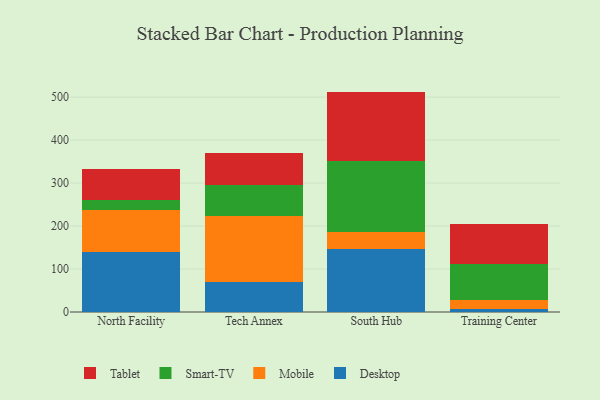
{"axis": {"x": "Campus", "y": "Churn Rate (%)"}, "legend": ["Desktop", "Mobile", "Smart-TV", "Tablet"], "data": [{"x": "North Facility", "y": 140.1, "type": "Desktop"}, {"x": "North Facility", "y": 98.2, "type": "Mobile"}, {"x": "North Facility", "y": 21.6, "type": "Smart-TV"}, {"x": "North Facility", "y": 71.9, "type": "Tablet"}, {"x": "Tech Annex", "y": 70.6, "type": "Desktop"}, {"x": "Tech Annex", "y": 153.8, "type": "Mobile"}, {"x": "Tech Annex", "y": 71.0, "type": "Smart-TV"}, {"x": "Tech Annex", "y": 75.3, "type": "Tablet"}, {"x": "South Hub", "y": 145.5, "type": "Desktop"}, {"x": "South Hub", "y": 40.5, "type": "Mobile"}, {"x": "South Hub", "y": 166.3, "type": "Smart-TV"}, {"x": "South Hub", "y": 160.6, "type": "Tablet"}, {"x": "Training Center", "y": 7.3, "type": "Desktop"}, {"x": "Training Center", "y": 21.3, "type": "Mobile"}, {"x": "Training Center", "y": 82.2, "type": "Smart-TV"}, {"x": "Training Center", "y": 95.0, "type": "Tablet"}]}